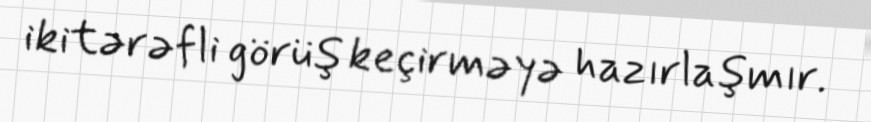
ikitərəfli görüş keçirməyə hazırlaşmır.